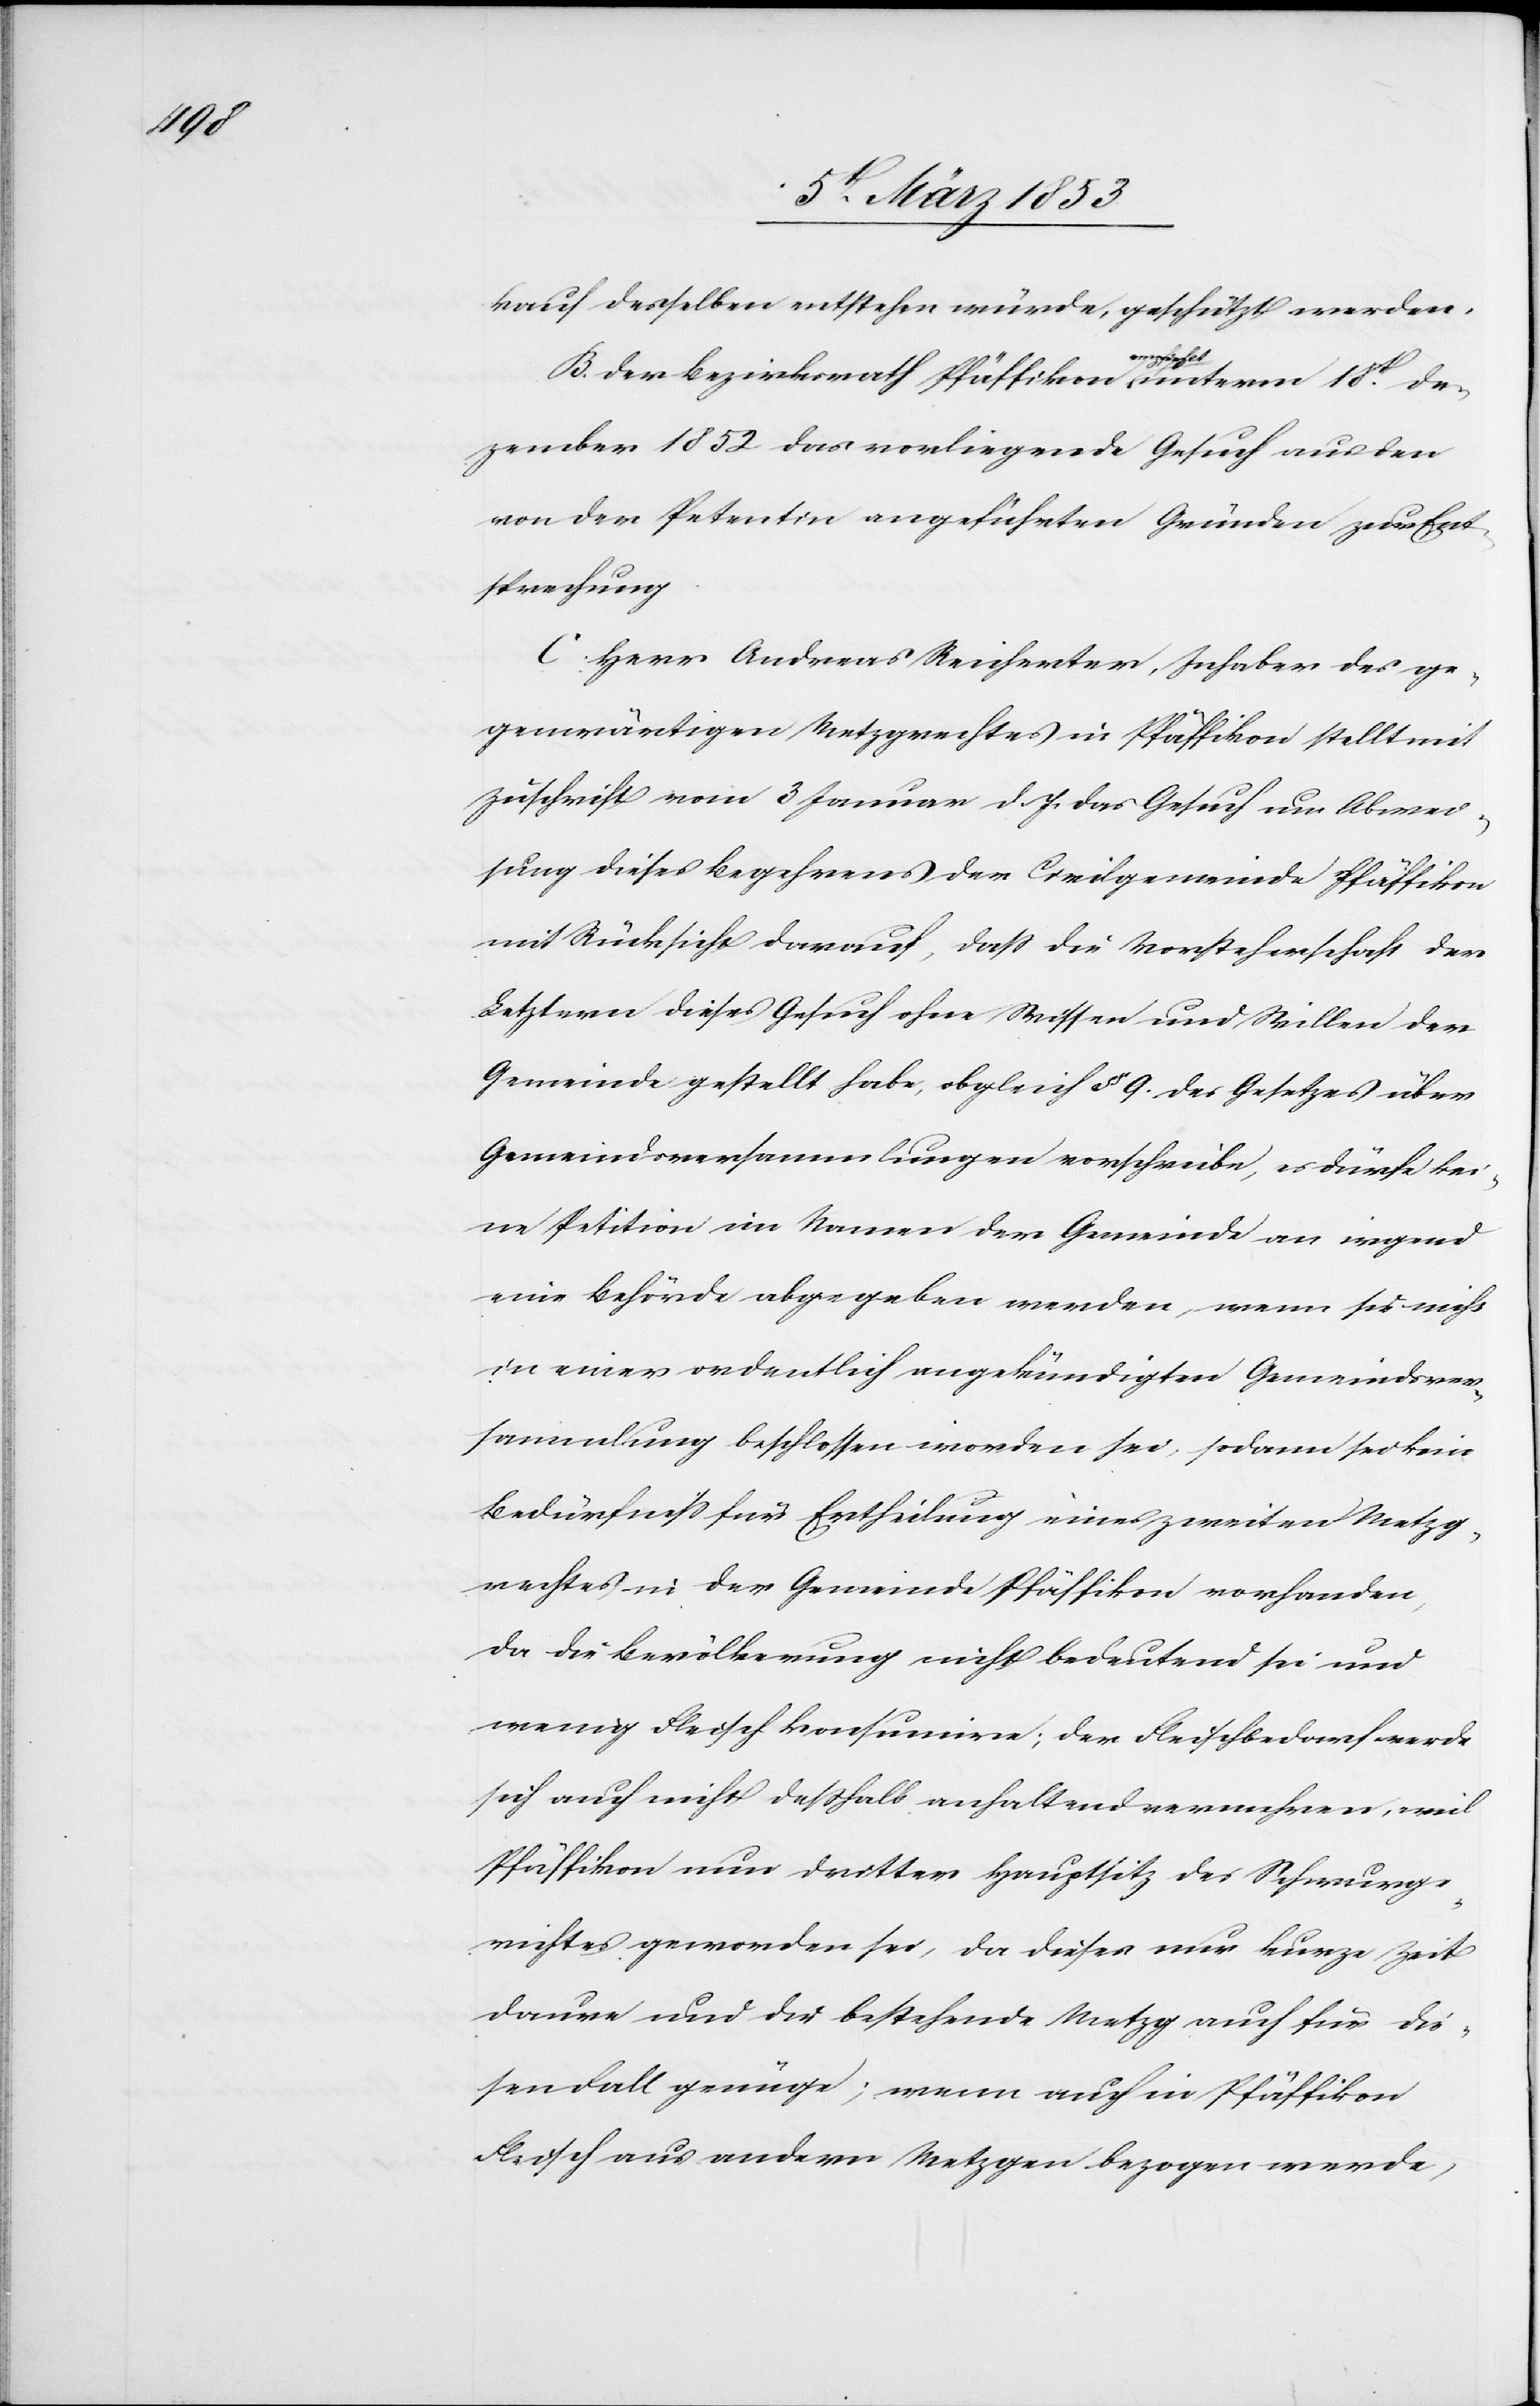
kauf desselben entstehen würde, geschützt werden.
B. Der Bezirksrath Pfäffikon empfiehlt unterm 18t. De¬
zember 1852 das vorliegende Gesuch aus den
von der Petentin angeführten Gründen zur Ent¬
sprechung.
C. Herr Andreas Keicherter, Inhaber des ge¬
genwärtigen Metzgrechtes in Pfäffikon stellt mit
Zuschrift vom 3 Januar d. J. das Gesuch um Abwand¬
lung dieses Begehrens der Civilgemeinde Pfäffikon
mit Rücksicht darauf, daß die Vorsteherschaft der
Letztern dieses Gesuch ohne Wissen und Willen der
Gemeinde gestellt habe, obgleich § 9 des Gesetzes über
Gemeindsversammlungen vorschreibe, es dürfe kei¬
ne Petition im Namen der Gemeinde an irgend¬
eine Behörde abgegeben werden, wenn sie nicht
in einer ordentlich angekündigten Gemeindsver¬
sammlung beschlossen worden sei, sodann sei kein
Bedürfniß für Ertheilung eines zweiten Metzg¬
rechtes in der Gemeinde Pfäffikon vorhanden,
da die Bevölkerung nicht bedeutend sei und
wenig Fleisch konsumire; der Fleischbedarf werde
sich auch nicht deßhalb anhaltend vermehren, weil
Pfäffikon nur dritter Hauptsitz des Schwurge¬
richtes geworden sei, da dieses nur kurze Zeit
daure und die bestehende Metzg auch für die¬
sen Fall genüge; wenn auch in Pfäffikon
Fleisch aus andern Metzgen bezogen werde,